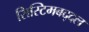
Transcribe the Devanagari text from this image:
सिस्टिमबद्दल